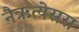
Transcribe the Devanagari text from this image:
नैऋत्येसस